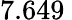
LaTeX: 7.649\